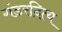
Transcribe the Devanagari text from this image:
गंडरदित्य